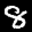
Label: 8